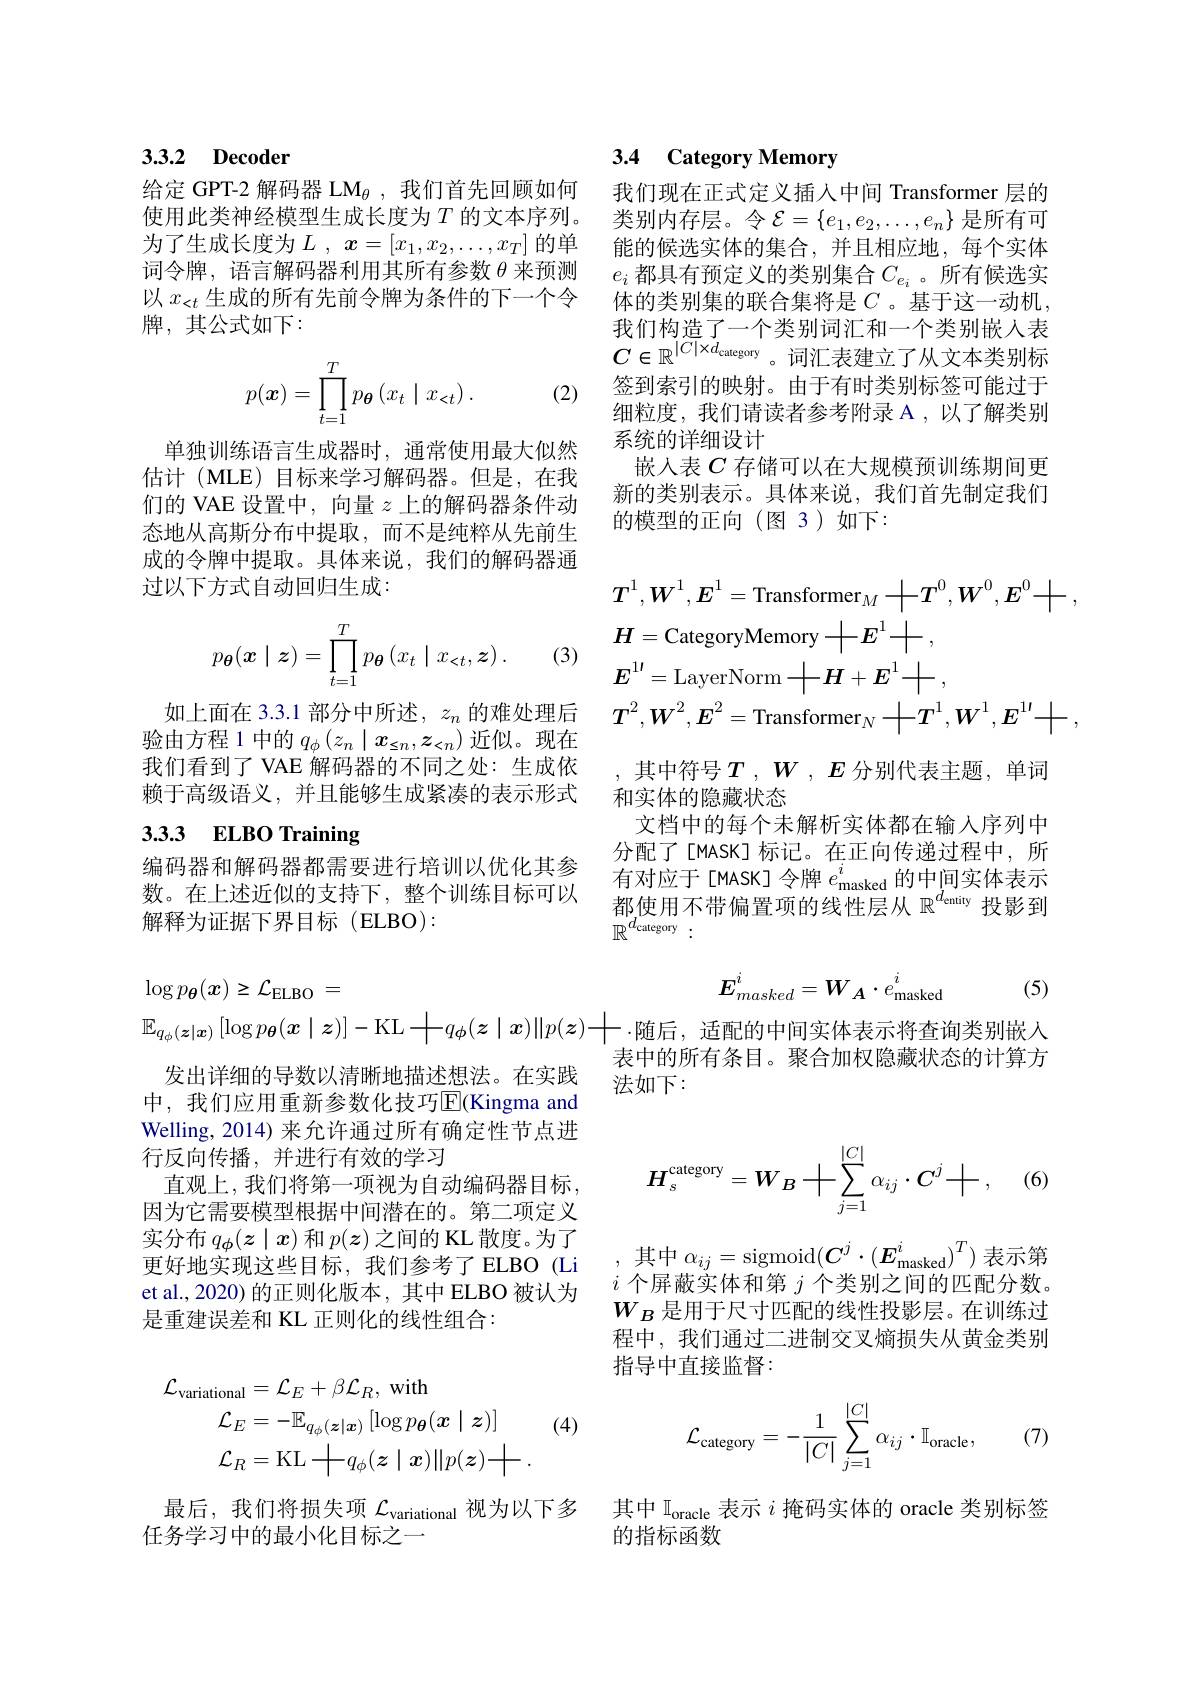
### 3.3.2 Decoder

使用此类神经模型生成长度为$T$的文本序列。类别内存层。令$\mathcal{E}=\{e_1,e_2,\ldots,e_n\}$是所有可
为了生成长度为$L$ , $x= [ x_1, x_2, \ldots , x_T]$ 的单词令牌，语言解码器利用其所有参数$\theta$来预测以$x_{<t}$生成的所有先前令牌为条件的下一个令牌，其公式如下：
$$p(\boldsymbol{x})=\prod\limits_{t=1}^Tp_{\boldsymbol{\theta}}\left(x_t\mid x_{<t}\right).$$
(2)

单独训练语言生成器时，通常使用最大似然估计(MLE)目标来学习解码器。但是，在我们的 VAE 设置中，向量$z$上的解码器条件动态地从高斯分布中提取，而不是纯粹从先前生成的令牌中提取。具体来说，我们的解码器通过以下方式自动回归生成：
$$p_{\boldsymbol{\theta}}(\boldsymbol{x}\mid\boldsymbol{z})=\prod\limits_{t=1}^Tp_{\boldsymbol{\theta}}\left(x_t\mid x_{<t},\boldsymbol{z}\right).$$
(3)

如上面在 3.3.1 部分中所述，$z_n$的难处理后验由方程 1 中的$q_\phi\left(z_n\mid x_{\leq n},z_{<n}\right)$近似。现在我们看到了 VAE 解码器的不同之处：生成依赖于高级语义，并且能够生成紧凑的表示形式

# 3.3.3 ELBO Training

编码器和解码器都需要进行培训以优化其参数。在上述近似的支持下，整个训练目标可以解释为证据下界目标(ELBO):

## 3.4 Category Memory 给定 GPT-2 解码器 L$\mathcal{M}_\theta$,我们首先回顾如何 我们现在正式定义插入中间 Transformer 层的

能的候选实体的集合，并且相应地，每个实体$e_i$都具有预定义的类别集合$C_{e_i}$ 。所有候选实体的类别集的联合集将是$C$。基于这一动机， 我们构造了一个类别词汇和一个类别嵌人表$C\in\mathbb{R}^{|C|\times d_{\mathrm{category}}}$。词汇表建立了从文本类别标签到索引的映射。由于有时类别标签可能过于细粒度，我们请读者参考附录 A ,以了解类别系统的详细设计
嵌入表$C$ 存储可以在大规模预训练期间更新的类别表示。具体来说，我们首先制定我们的模型的正向(图 3)如下：
$$\begin{aligned}&\boldsymbol{T}^{1},\boldsymbol{W}^{1},\boldsymbol{E}^{1}=\text{Transformer}_{M}\boldsymbol{+}\boldsymbol{T}^{0},\boldsymbol{W}^{0},\boldsymbol{E}^{0}\boldsymbol{+},\\&\boldsymbol{H}=\text{CategoryMemory}+\boldsymbol{E}^1\boldsymbol{+},\\&\boldsymbol{E}^{1\prime}=\text{LayerNorm}\boldsymbol{+}\boldsymbol{H}+\boldsymbol{E}^1\boldsymbol{+},\\&\boldsymbol{T}^{2},\boldsymbol{W}^{2},\boldsymbol{E}^{2}=\text{Transformer}_{N}\boldsymbol{+}\boldsymbol{T}^{1},\boldsymbol{W}^{1},\boldsymbol{E}^{1\prime}\boldsymbol{+},\end{aligned}$$
,其中符号$T,W,E$ 分别代表主题，单词
和实体的隐藏状态
文档中的每个未解析实体都在输入序列中分配了[MASK]标记。在正向传递过程中，所有对应于[MASK]令牌$e_\mathrm{masked}^i$的中间实体表示都使用不带偏置项的线性层从 $\mathbb{R}^d_\text{entity }$投影到$\mathbb{R}^{d_{\mathrm{category}}}:$
$$E_{masked}^i=W_A\cdot e_{\mathrm{masked}}^i$$
(5)

表中的所有条目。聚合加权隐藏状态的计算方
法如下：
$$H_s^\text{category}=W_B+\sum_{j=1}^{|C|}\alpha_{ij}\cdot C^j+,$$
,其中$\alpha_ij=$sigmoid$(\boldsymbol C^j\cdot(\boldsymbol E_\mathrm{masked}^i)^T)$表示第$i$个屏蔽实体和第$j$个类别之间的匹配分数。$W_B$是用于尺寸匹配的线性投影层。在训练过程中，我们通过二进制交叉熵损失从黄金类别指导中直接监督：

(7)
$$\mathcal{L}_{\text{category}}=-\frac{1}{|C|}\sum_{j=1}^{|C|}\alpha_{ij}\cdot\mathbb{I}_{\text{oracle}},$$
其中$\mathbb{I}_\mathrm{oracle}$表示$i$掩码实体的 oracle 类别标签
的指标函数
$$\begin{aligned}&\log p_{\boldsymbol{\theta}}(\boldsymbol{x})\geq\mathcal{L}_{\mathrm{ELBO}}\:=\\&\mathbb{E}_{q_{\phi}(\boldsymbol{z}|\boldsymbol{x})}\left[\log p_{\boldsymbol{\theta}}(\boldsymbol{x}\mid\boldsymbol{z})\right]-\mathrm{KL}+q_{\phi}(\boldsymbol{z}\mid\boldsymbol{x})\|p(\boldsymbol{z})-\end{aligned}$$
发出详细的导数以清晰地描述想法。在实践中，我们应用重新参数化技巧$\overline{\mathrm{E}}($Kingma and Welling, 2014) 来允许通过所有确定性节点进行反向传播，并进行有效的学习
直观上，我们将第一项视为自动编码器目标， 因为它需要模型根据中间潜在的。第二项定义实分布$q_\phi(z\mid x)$和$p(z)$之间的 KL 散度。为了更好地实现这些目标，我们参考了ELBO (Li et al., 2020) 的正则化版本，其中 ELBO 被认为是重建误差和 KL 正则化的线性组合：

(4)
$$\begin{aligned}\mathcal{L}_{\mathrm{variational}}&=\mathcal{L}_{E}+\beta\mathcal{L}_{R},\mathrm{~with}\\\mathcal{L}_{E}&=-\mathbb{E}_{q_{\phi}(\boldsymbol{z}|\boldsymbol{x})}\left[\log p_{\boldsymbol{\theta}}(\boldsymbol{x}\mid\boldsymbol{z})\right]\\\mathcal{L}_{R}&=\mathrm{KL}+q_{\phi}(\boldsymbol{z}\mid\boldsymbol{x})\|p(\boldsymbol{z})+.\end{aligned}$$
最后，我们将损失项$\mathcal{L}_\mathrm{variational}$视为以下多
任务学习中的最小化目标之一